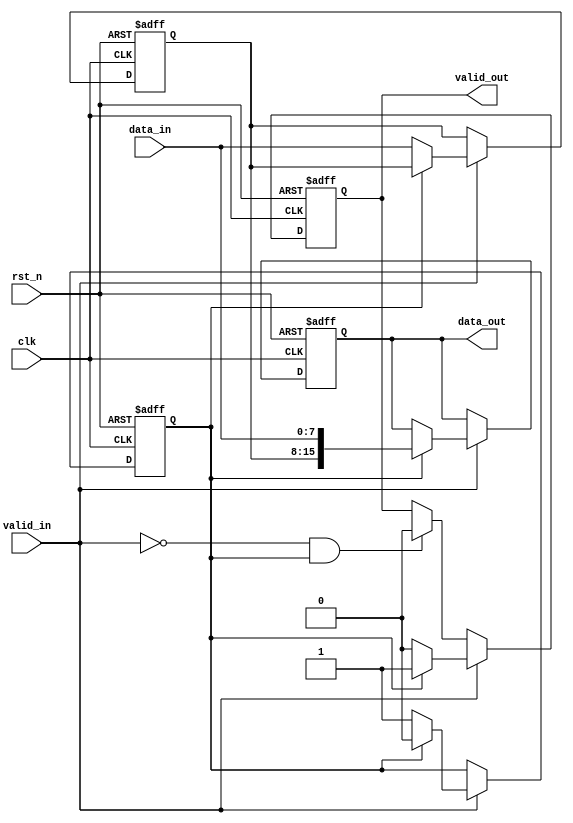
module width_8to16(
    input wire clk,
    input wire rst_n,
    input wire valid_in,
    input wire [7:0] data_in,
    output reg valid_out,
    output reg [15:0] data_out
);

// Internal signal to store the first half of the data
reg [7:0] data_lock;
// Flag to indicate that the first half is stored
reg flag;

// Data handling and output generation
always @(posedge clk or negedge rst_n) begin
    if (!rst_n) begin
        // Reset the output and internal registers
        data_out <= 16'd0;
        valid_out <= 1'b0;
        data_lock <= 8'd0;
        flag <= 1'b0;
    end else if (valid_in) begin
        if (flag) begin
            // If we have a stored first half, concatenate with the new input
            data_out <= {data_lock, data_in};
            valid_out <= 1'b1; // Output is now valid
            flag <= 1'b0; // Clear the flag as we've used the stored half
        end else begin
            // Store the first half of the data
            data_lock <= data_in;
            flag <= 1'b1;
            valid_out <= 1'b0; // Output is not valid until we get the second half
        end
    end else if (!valid_in && flag) begin
        // If no valid input and we have a stored first half, do not change the state
        valid_out <= 1'b0;
    end
end

endmodule